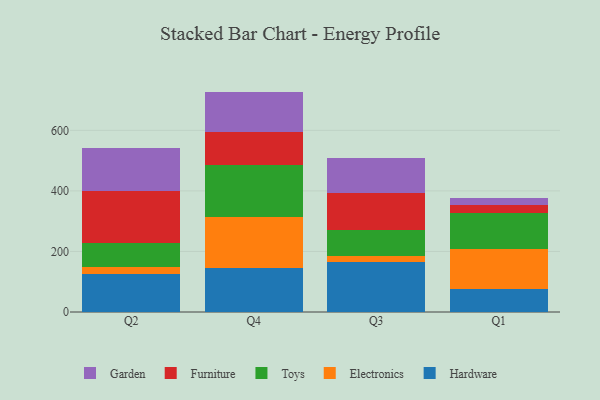
{"axis": {"x": "Quarter", "y": "LTV (USD)"}, "legend": ["Electronics", "Furniture", "Garden", "Hardware", "Toys"], "data": [{"x": "Q2", "y": 124.5, "type": "Hardware"}, {"x": "Q2", "y": 25.6, "type": "Electronics"}, {"x": "Q2", "y": 78.0, "type": "Toys"}, {"x": "Q2", "y": 171.3, "type": "Furniture"}, {"x": "Q2", "y": 143.6, "type": "Garden"}, {"x": "Q4", "y": 145.9, "type": "Hardware"}, {"x": "Q4", "y": 166.5, "type": "Electronics"}, {"x": "Q4", "y": 171.9, "type": "Toys"}, {"x": "Q4", "y": 110.0, "type": "Furniture"}, {"x": "Q4", "y": 133.8, "type": "Garden"}, {"x": "Q3", "y": 166.0, "type": "Hardware"}, {"x": "Q3", "y": 18.4, "type": "Electronics"}, {"x": "Q3", "y": 87.3, "type": "Toys"}, {"x": "Q3", "y": 122.3, "type": "Furniture"}, {"x": "Q3", "y": 116.2, "type": "Garden"}, {"x": "Q1", "y": 77.3, "type": "Hardware"}, {"x": "Q1", "y": 130.0, "type": "Electronics"}, {"x": "Q1", "y": 119.7, "type": "Toys"}, {"x": "Q1", "y": 26.0, "type": "Furniture"}, {"x": "Q1", "y": 24.9, "type": "Garden"}]}